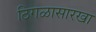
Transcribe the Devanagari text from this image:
ठिगळासारखा